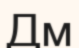
Дм